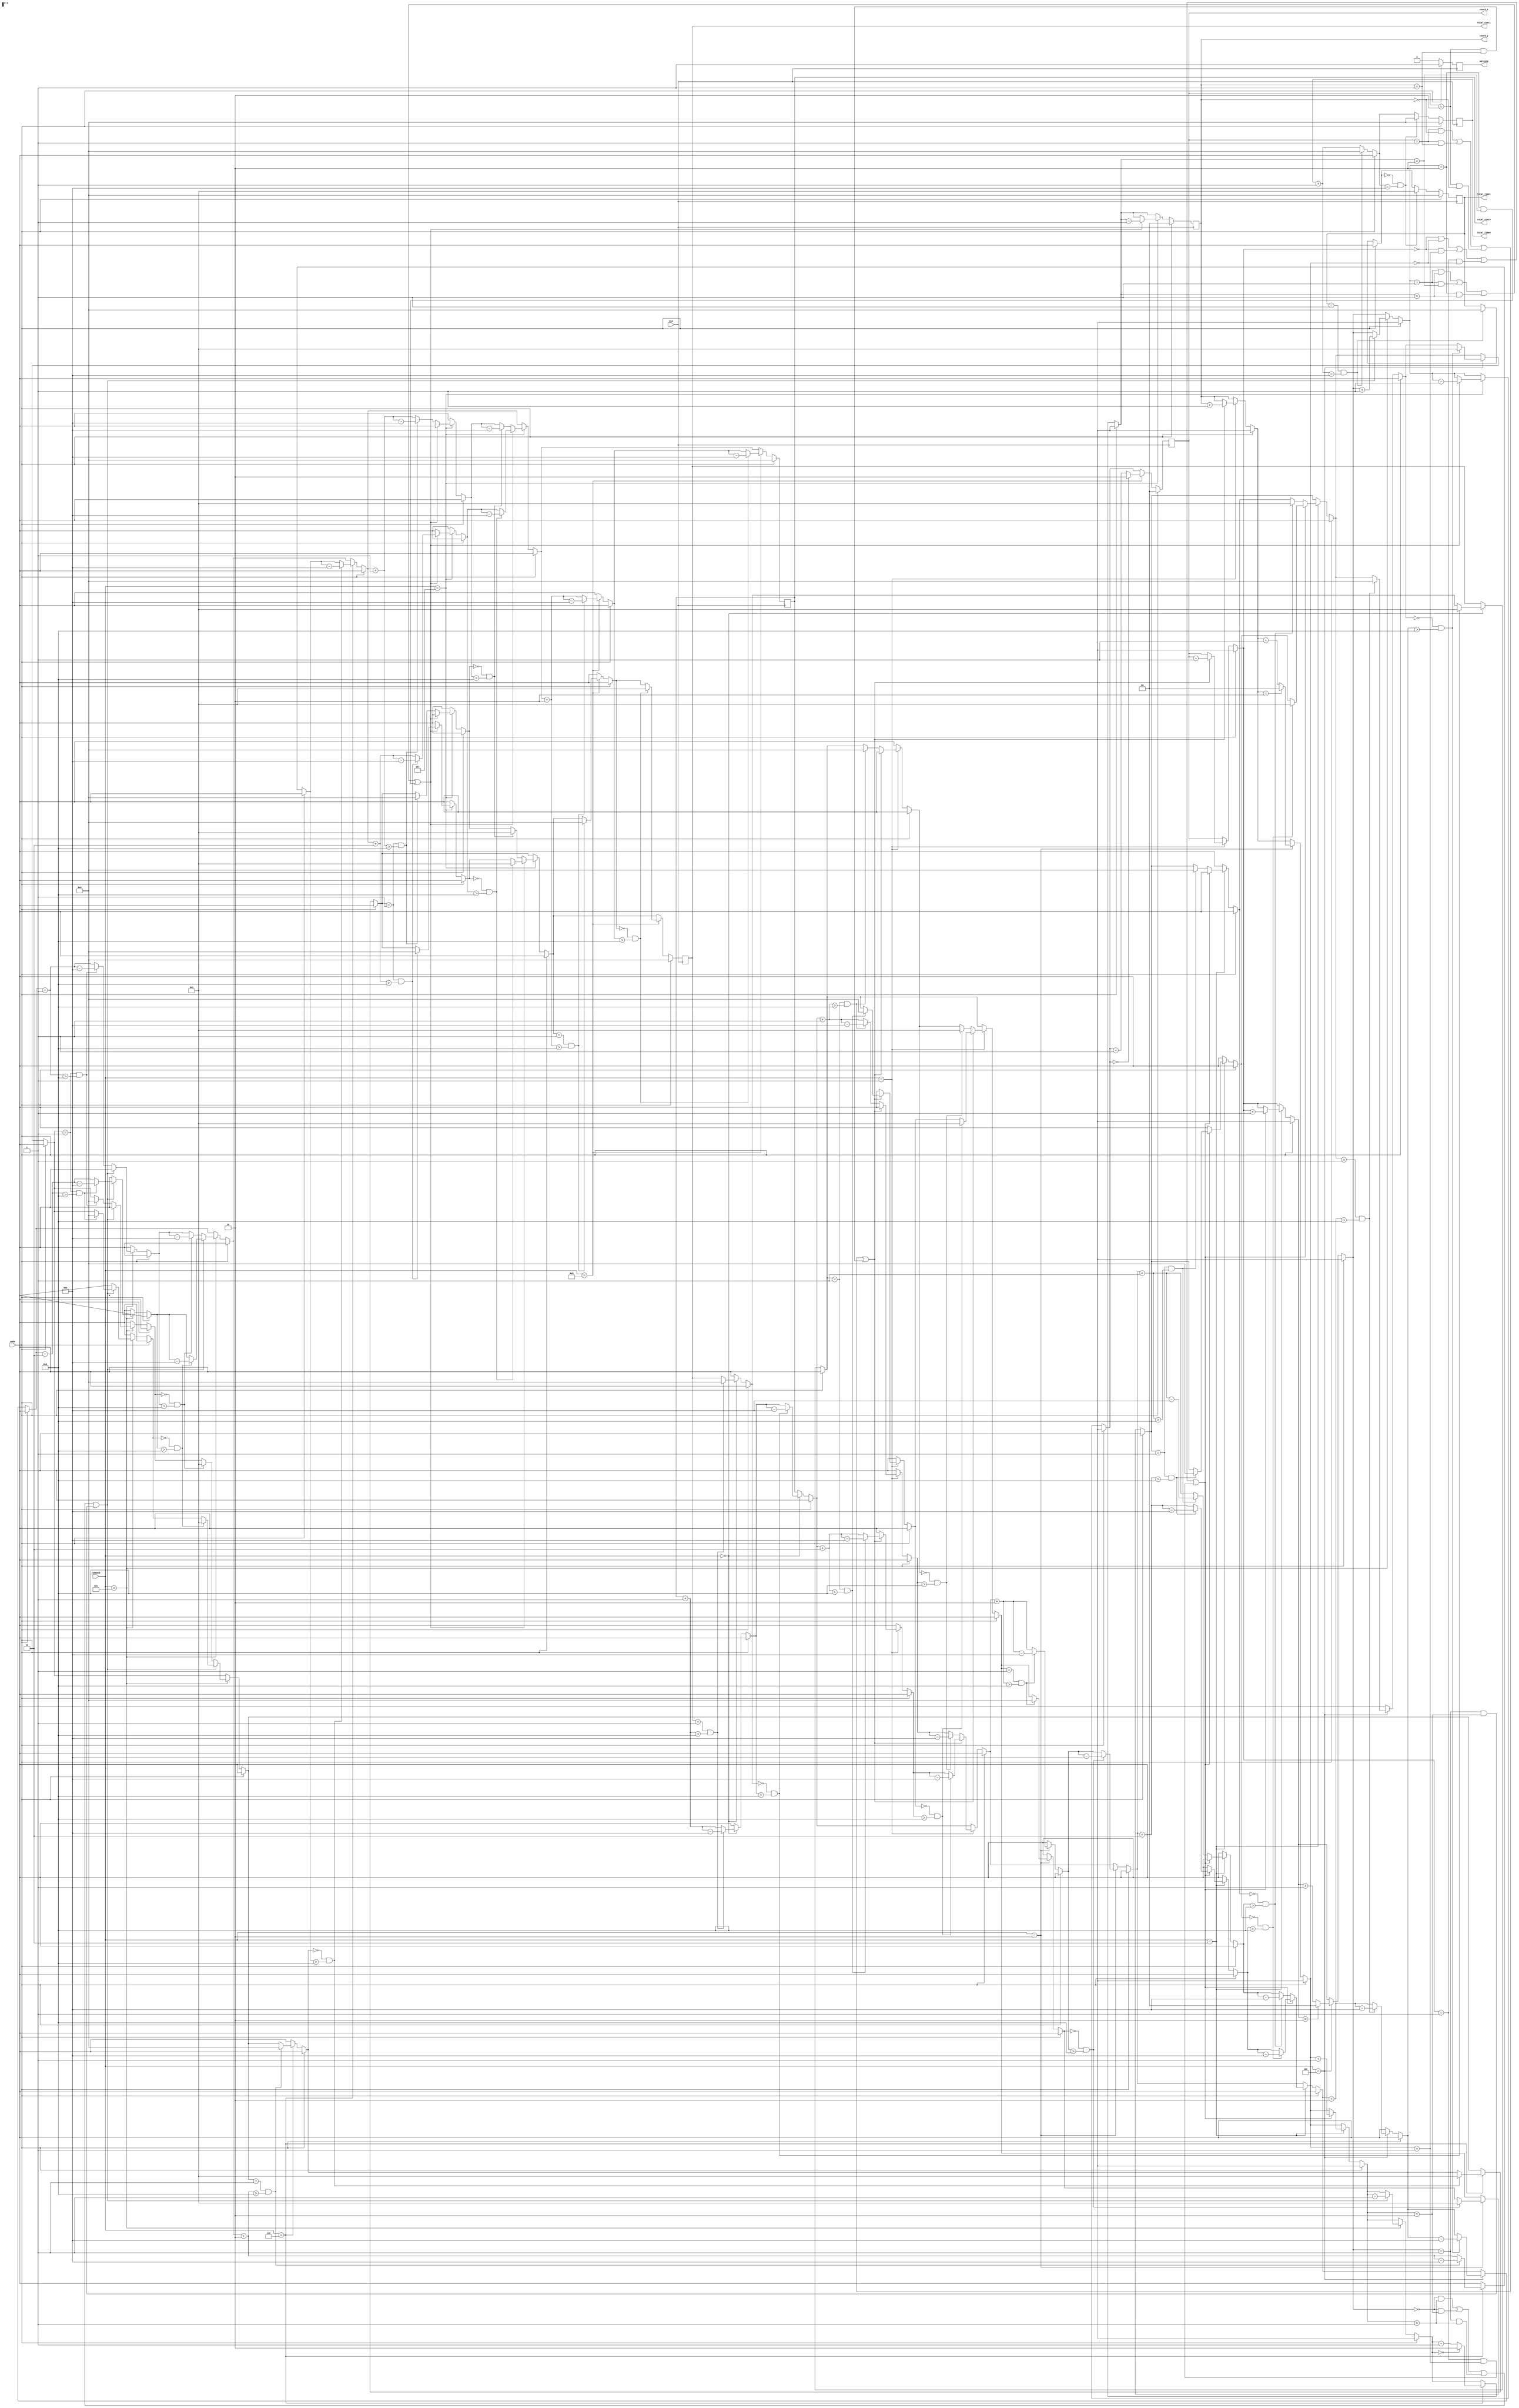
`timescale 1ns / 1ps 
module lab3_2(
			input[3:0] command,
			input CLK, 
			input mode,
			output reg [7:0] total_time1,
			output reg [7:0] total_time0,
			output reg [7:0] total_cost1,
			output reg [7:0] total_cost0,
			output reg [3:2] coord_x,
			output reg [1:0] coord_y,
			output reg warning
    );

   //Modify the lines below to implement your design .
initial begin
	coord_x = 1;
	coord_y = 1;
	total_time1 = 0;
	total_time0 = 0;
	total_cost1 = 0;
	total_cost0 = 0;
end

always@(posedge CLK)
	if(mode == 0)
	begin
		warning = 0;
		total_time0 = total_time0 + 1;
		if(total_time1 == 1 && total_time0 == 10)
		begin
			total_time1 = 0;
			total_time0 = 0;
		end
		if(total_time1 == 0 && total_time0 == 10)
		begin
			total_time1 = 1;
			total_time0 = 0;
		end
		
		if(command == 0)
		begin
			total_cost0 = total_cost0 + 1;
			if(total_cost1 == 1 && total_cost0 > 9)
			begin
				total_cost1 = 0;
				total_cost0 = (total_cost0  - 10);
			end
			if(total_cost1 == 0 && total_cost0 > 9)
			begin
				total_cost1 = 1;
				total_cost0 = (total_cost0 - 10);
			end
		end
		
		if(command == 1)
		begin
			if((coord_x == 1 && coord_y == 0) || (coord_x == 1 && coord_y == 1) || (coord_x == 2 && coord_y == 0) || (coord_x == 2 && coord_y == 1))
			begin
				coord_x = coord_x - 1;
				coord_y = coord_y + 1;
				total_cost0 = total_cost0 + 3;
				if(total_cost1 == 1 && total_cost0 > 9)
				begin
					total_cost1 = 0;
					total_cost0 = (total_cost0  - 10);
				end
				if(total_cost1 == 0 && total_cost0 > 9)
				begin
					total_cost1 = 1;
					total_cost0 = (total_cost0 - 10);
				end
 			end
			else
			begin
				total_cost0 = total_cost0 + 1;
				if(total_cost1 == 1 && total_cost0 > 9)
				begin
					total_cost1 = 0;
					total_cost0 = (total_cost0  - 10);
				end
				if(total_cost1 == 0 && total_cost0 > 9)
				begin
					total_cost1 = 1;
					total_cost0 = (total_cost0 - 10);
				end
			end
		end
		 
		if(command == 2)
		begin
			total_cost0 = total_cost0 + 2;
			if(total_cost1 == 1 && total_cost0 > 9)
			begin
				total_cost1 = 0;
				total_cost0 = (total_cost0  - 10);
			end
			if(total_cost1 == 0 && total_cost0 > 9)
			begin
				total_cost1 = 1;
				total_cost0 = (total_cost0 - 10);
			end
			if(coord_y == 2)
			begin
				coord_y = 0;
			end
			else
			begin
				coord_y = coord_y + 1;
			end
		end
		
		if(command == 3)
		begin
			if((coord_x == 0 && coord_y == 0) || (coord_x == 0 && coord_y == 1) || (coord_x == 1 && coord_y == 0) || (coord_x == 1 && coord_y == 1))
			begin
				coord_x = coord_x + 1;
				coord_y = coord_y +1;
				total_cost0 = total_cost0 + 3;
				if(total_cost1 == 1 && total_cost0 > 9)
				begin
					total_cost1 = 0;
					total_cost0 = (total_cost0  - 10);
				end
				if(total_cost1 == 0 && total_cost0 > 9)
				begin
					total_cost1 = 1;
					total_cost0 = (total_cost0 - 10);
				end
			end
			else
			begin
				total_cost0 = total_cost0 + 1;
				if(total_cost1 == 1 && total_cost0 > 9)
				begin
					total_cost1 = 0;
					total_cost0 = (total_cost0  - 10);
				end
				if(total_cost1 == 0 && total_cost0 > 9)
				begin
					total_cost1 = 1;
					total_cost0 = (total_cost0 - 10);
				end
			end
		end
		
		if(command == 4)
		begin
			total_cost0 = total_cost0 + 2;
			if(total_cost1 == 1 && total_cost0 > 9)
			begin
				total_cost1 = 0;
				total_cost0 = (total_cost0  - 10);
			end
			if(total_cost1 == 0 && total_cost0 > 9)
			begin
				total_cost1 = 1;
				total_cost0 = (total_cost0 - 10);
			end
			if(coord_x == 2)
			begin
				coord_x = 0;
			end
			else
			begin
				coord_x = coord_x +1;
			end
		end
		
		if(command == 5)
		begin
			if((coord_x == 0 && coord_y == 1) || (coord_x == 0 && coord_y == 2) || (coord_x == 1 && coord_y == 1) || (coord_x == 1 && coord_y == 2))
			begin
				coord_x = coord_x + 1;
				coord_y = coord_y - 1;
				total_cost0 = total_cost0 + 3;
				if(total_cost1 == 1 && total_cost0 > 9)
				begin
					total_cost1 = 0;
					total_cost0 = (total_cost0  - 10);
				end
				if(total_cost1 == 0 && total_cost0 > 9)
				begin
					total_cost1 = 1;
					total_cost0 = (total_cost0 - 10);
				end
			end
			else
			begin
				total_cost0 = total_cost0 + 1;
				if(total_cost1 == 1 && total_cost0 > 9)
				begin
					total_cost1 = 0;
					total_cost0 = (total_cost0  - 10);
				end
				if(total_cost1 == 0 && total_cost0 > 9)
				begin
					total_cost1 = 1;
					total_cost0 = (total_cost0 - 10);
				end
			end
		end
		
		if(command == 6)
		begin
		total_cost0 = total_cost0 + 2;
			if(total_cost1 == 1 && total_cost0 > 9)
			begin
				total_cost1 = 0;
				total_cost0 = (total_cost0  - 10);
			end
			if(total_cost1 == 0 && total_cost0 > 9)
			begin
				total_cost1 = 1;
				total_cost0 = (total_cost0 - 10);
			end
			if(coord_y == 0)
			begin
				coord_y = 2;
			end
			else
			begin
				coord_y = coord_y - 1;
			end
		end
		
		if(command == 7)
		begin
			if((coord_x == 1 && coord_y == 1) || (coord_x == 1 && coord_y == 2) || (coord_x == 2 && coord_y == 1) || (coord_x == 2 && coord_y == 2))
			begin
				total_cost0 = total_cost0 + 3;
				if(total_cost1 == 1 && total_cost0 > 9)
				begin
					total_cost1 = 0;
					total_cost0 = (total_cost0  - 10);
				end
				if(total_cost1 == 0 && total_cost0 > 9)
				begin
					total_cost1 = 1;
					total_cost0 = (total_cost0 - 10);
				end
				coord_x = coord_x - 1;
				coord_y = coord_y - 1;
			end
			else
			begin
				total_cost0 = total_cost0 + 1;
				if(total_cost1 == 1 && total_cost0 > 9)
				begin
					total_cost1 = 0;
					total_cost0 = (total_cost0  - 10);
				end
				if(total_cost1 == 0 && total_cost0 > 9)
				begin
					total_cost1 = 1;
					total_cost0 = (total_cost0 - 10);
				end
			end
		end
		
		if(command == 8)
		begin
			total_cost0 = total_cost0 + 2;
			if(total_cost1 == 1 && total_cost0 > 9)
			begin
				total_cost1 = 0;
				total_cost0 = (total_cost0  - 10);
			end
			if(total_cost1 == 0 && total_cost0 > 9)
			begin
				total_cost1 = 1;
				total_cost0 = (total_cost0 - 10);
			end
			if(coord_x == 0)
			begin
				coord_x = 2;
			end
			else
			begin
				coord_x = coord_x - 1;
			end
		end
		
	end
	
	else
		begin
			warning = 1;
			coord_x = 0;
			coord_y = 0;
			total_time1 = 0;
			total_time0 = 0;
			total_cost1 = 0;
			total_cost0 = 0;		
		end

endmodule